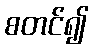
စတင်၍